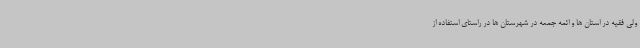
ولی فقیه در استان ها و ائمه جمعه در شهرستان ها در راستای استفاده از